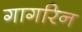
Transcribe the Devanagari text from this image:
गागरिन